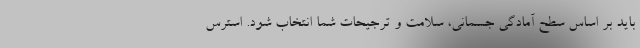
باید بر اساس سطح آمادگی جسمانی، سلامت و ترجیحات شما انتخاب شود. استرس